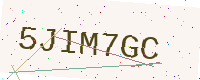
Text: 5JIM7GC